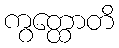
ကွတ္ထောတိ